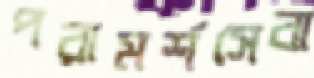
পরামর্শসেবা